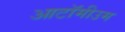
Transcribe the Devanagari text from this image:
आटॉमीउम